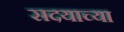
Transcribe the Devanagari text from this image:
सदयाच्या